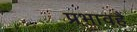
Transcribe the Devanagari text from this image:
प्रभावहैं